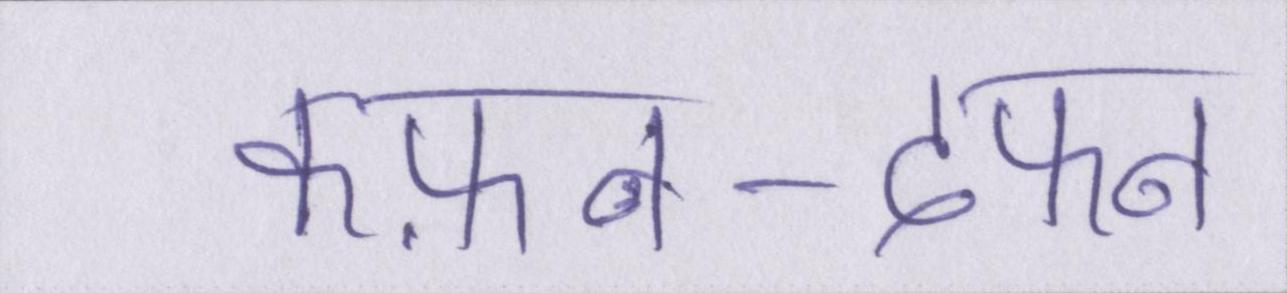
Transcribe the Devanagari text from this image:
कफ़न-दफन